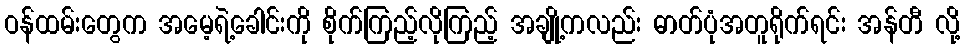
ဝန်ထမ်းတွေက အမေ့ရဲ့ခေါင်းကို စိုက်ကြည့်လိုကြည့် အချို့ကလည်း ဓာတ်ပုံအတူရိုက်ရင်း အန်တီ လို့